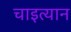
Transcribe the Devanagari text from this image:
चाइत्यान